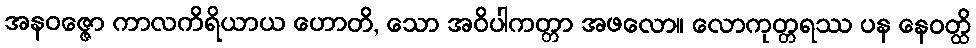
အနဝဇ္ဇော ကာလကိရိယာယ ဟောတိ, သော အဝိပါကတ္တာ အဖလော။ လောကုတ္တရဿ ပန နေဝတ္ထိ